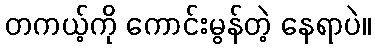
တကယ့်ကို ကောင်းမွန်တဲ့ နေရာပဲ။